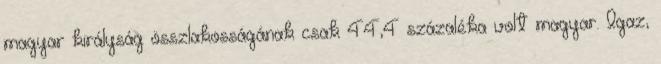
magyar királyság összlakosságának csak 44,4 százaléka volt magyar. Igaz,